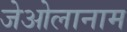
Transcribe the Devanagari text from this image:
जेओलानाम